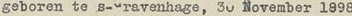
geborem te s-~ravenhage, 30 November 1998